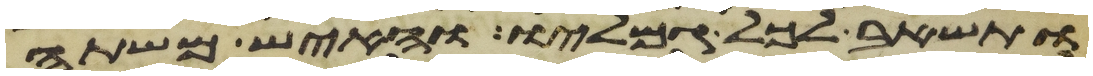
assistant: ותשאב לכל גמליו והאיש משתה